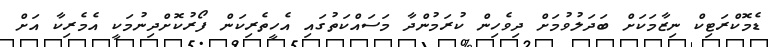
ޑެމޮކްރަޓިކް ނިޒާމަކަށް ބަދަލުވުމަށް ދިވެހިން ކުރަމުންދާ މަސައްކަތުގައި އެހީތެރިކަން ފޯރުކޮށްދިނުމަކީ އެމެރިކާ އަށް